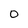
Character: 0